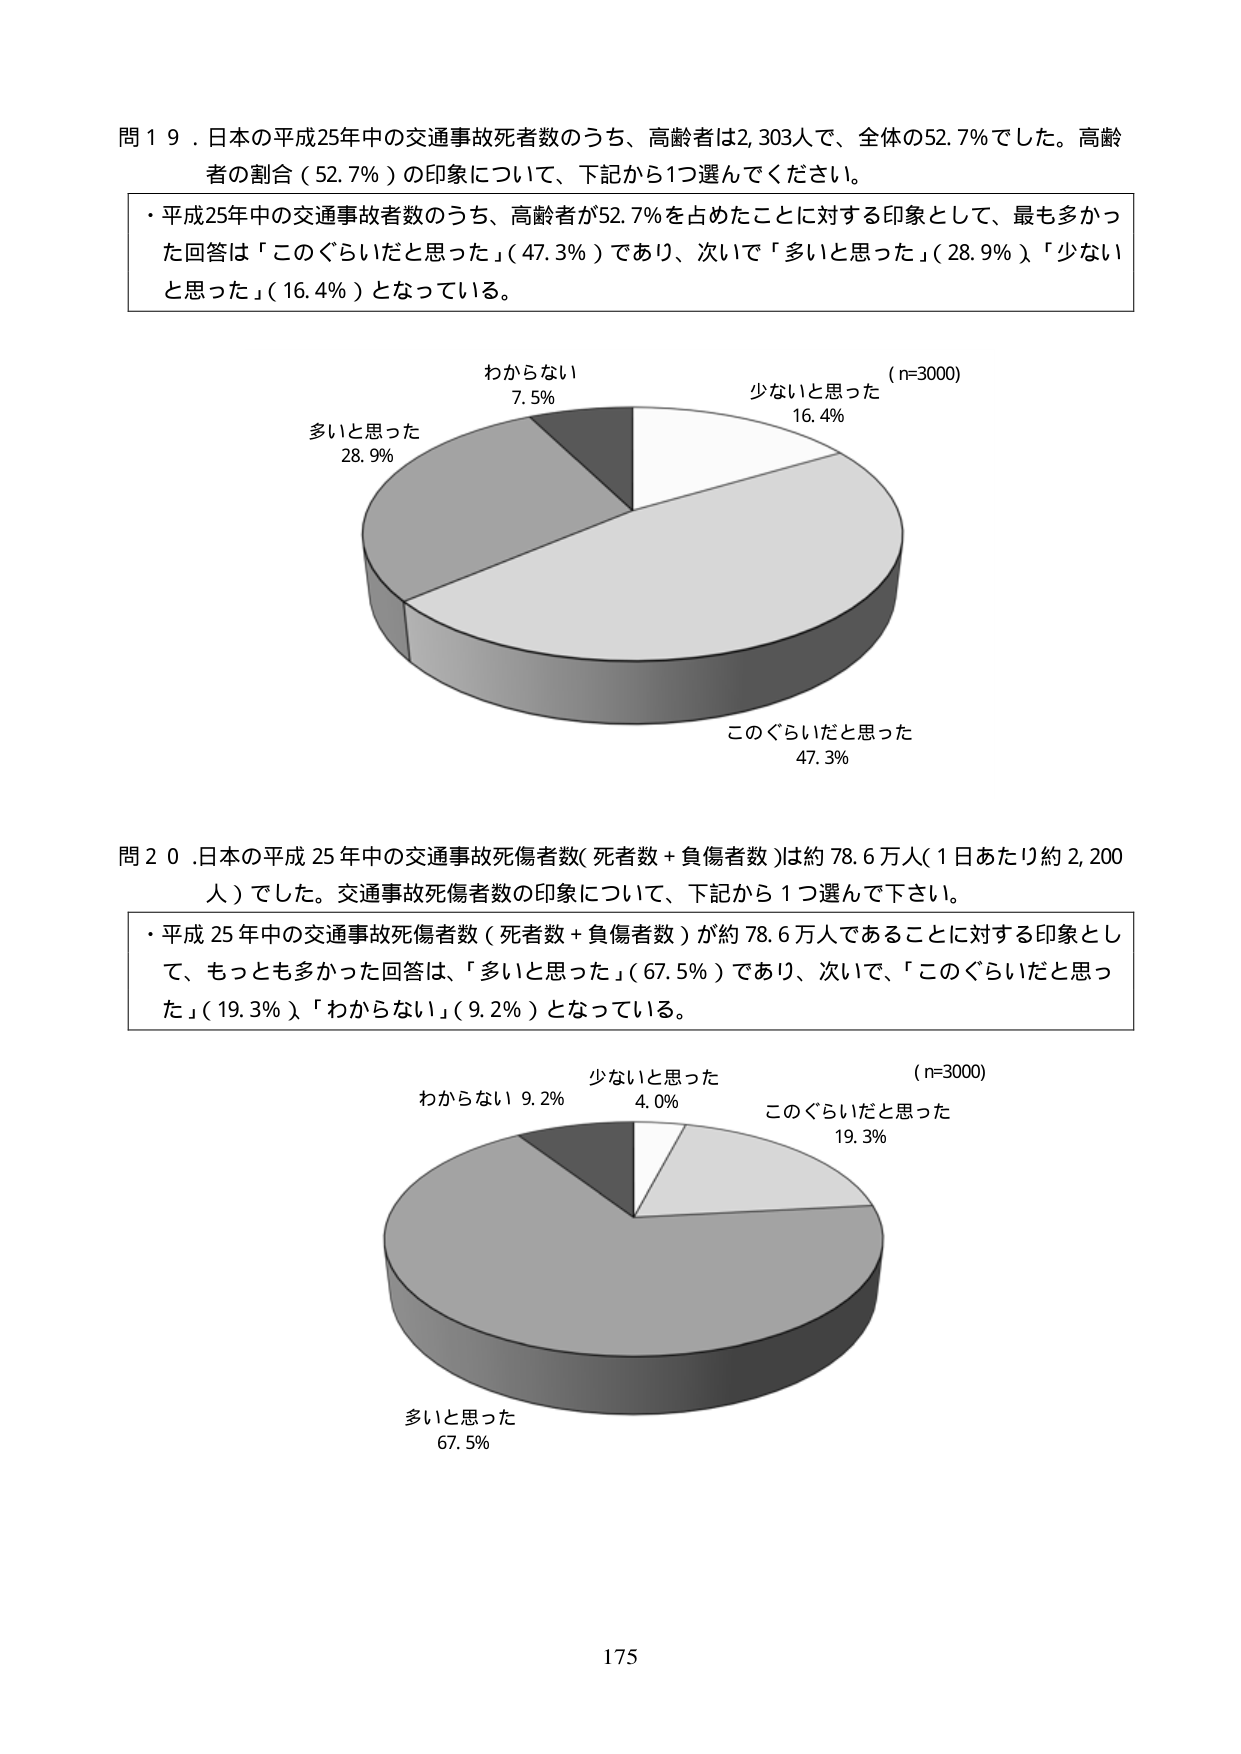
問１９．日本の平成25年中の交通事故死者数のうち、高齢者は2,303人で、全体の52.7％でした。高齢者の割合（52.7％）の印象について、下記から1つ選んでください。

・平成25年中の交通事故者数のうち、高齢者が52.7％を占めたことに対する印象として、最も多かった回答は「このぐらいだと思った」（47.3％）であり、次いで「多いと思った」（28.9％）、「少ないと思った」（16.4％）となっている。

（n=3000）
わからない 7.5%
多いと思った 28.9%
少ないと思った 16.4%
このぐらいだと思った 47.3%

問２０．日本の平成25年中の交通事故死傷者数（死者数＋負傷者数）は約78.6万人（1日あたり約2,200人）でした。交通事故死傷者数の印象について、下記から1つ選んで下さい。

・平成25年中の交通事故死傷者数（死者数＋負傷者数）が約78.6万人であることに対する印象として、もっとも多かった回答は、「多いと思った」（67.5％）であり、次いで、「このぐらいだと思った」（19.3％）、「わからない」（9.2％）となっている。

（n=3000）
わからない 9.2%
少ないと思った 4.0%
このぐらいだと思った 19.3%
多いと思った 67.5%

175